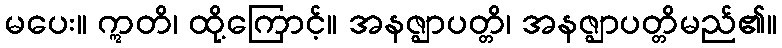
မပေး။ ဣတိ၊ ထို့ကြောင့်။ အနဇ္ဈာပတ္တိ၊ အနဇ္ဈာပတ္တိမည်၏။